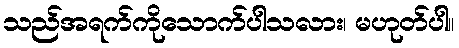
သည်အရက်ကိုသောက်ပါသလား၊ မဟုတ်ပါ။